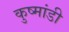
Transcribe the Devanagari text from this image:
कुष्मांडी